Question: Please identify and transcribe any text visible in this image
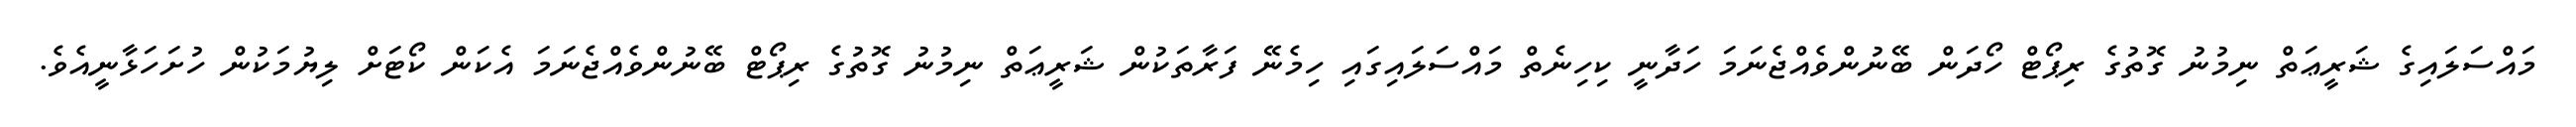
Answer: މައްސަލައިގެ ޝަރީޢަތް ނިމުނު ގޮތުގެ ރިޕޯޓް ހޯދަން ބޭނުންވެއްޖެނަމަ ހަދާނީ ކިހިނެތް މައްސަލައިގައި ހިމެނޭ ފަރާތަކުން ޝަރީޢަތް ނިމުނު ގޮތުގެ ރިޕޯޓް ބޭނުންވެއްޖެނަމަ އެކަން ކޯޓަށް ލިޔުމަކުން ހުށަހަޅާނީއެވެ.